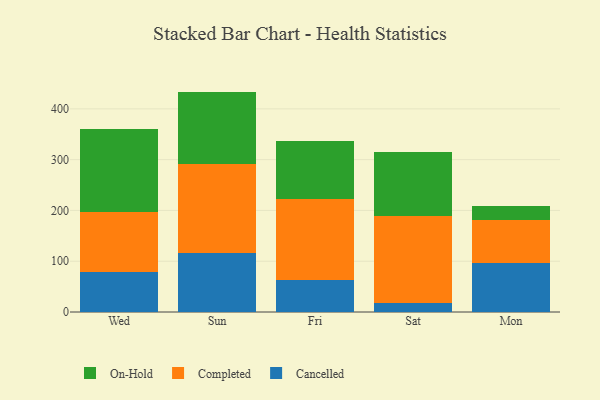
{"axis": {"x": "Day", "y": "Bounce Rate (%)"}, "legend": ["Cancelled", "Completed", "On-Hold"], "data": [{"x": "Wed", "y": 79.2, "type": "Cancelled"}, {"x": "Wed", "y": 118.2, "type": "Completed"}, {"x": "Wed", "y": 163.3, "type": "On-Hold"}, {"x": "Sun", "y": 116.0, "type": "Cancelled"}, {"x": "Sun", "y": 175.4, "type": "Completed"}, {"x": "Sun", "y": 142.6, "type": "On-Hold"}, {"x": "Fri", "y": 63.6, "type": "Cancelled"}, {"x": "Fri", "y": 158.5, "type": "Completed"}, {"x": "Fri", "y": 115.1, "type": "On-Hold"}, {"x": "Sat", "y": 17.5, "type": "Cancelled"}, {"x": "Sat", "y": 172.1, "type": "Completed"}, {"x": "Sat", "y": 125.4, "type": "On-Hold"}, {"x": "Mon", "y": 96.2, "type": "Cancelled"}, {"x": "Mon", "y": 84.5, "type": "Completed"}, {"x": "Mon", "y": 28.2, "type": "On-Hold"}]}